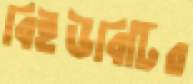
বিইউবিটির